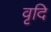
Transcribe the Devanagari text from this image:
वृदि